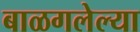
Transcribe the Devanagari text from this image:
बाळगलेल्या